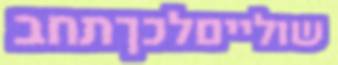
שולייםלכךתחב